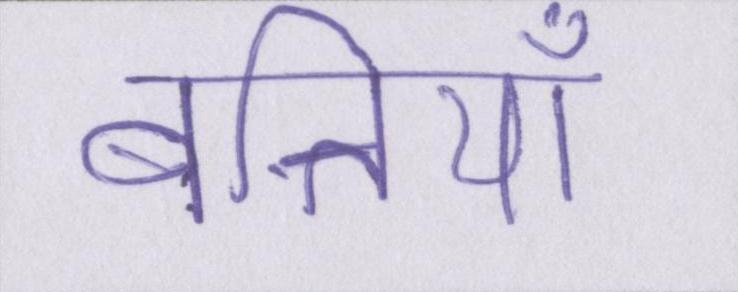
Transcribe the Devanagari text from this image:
बत्तियाँ